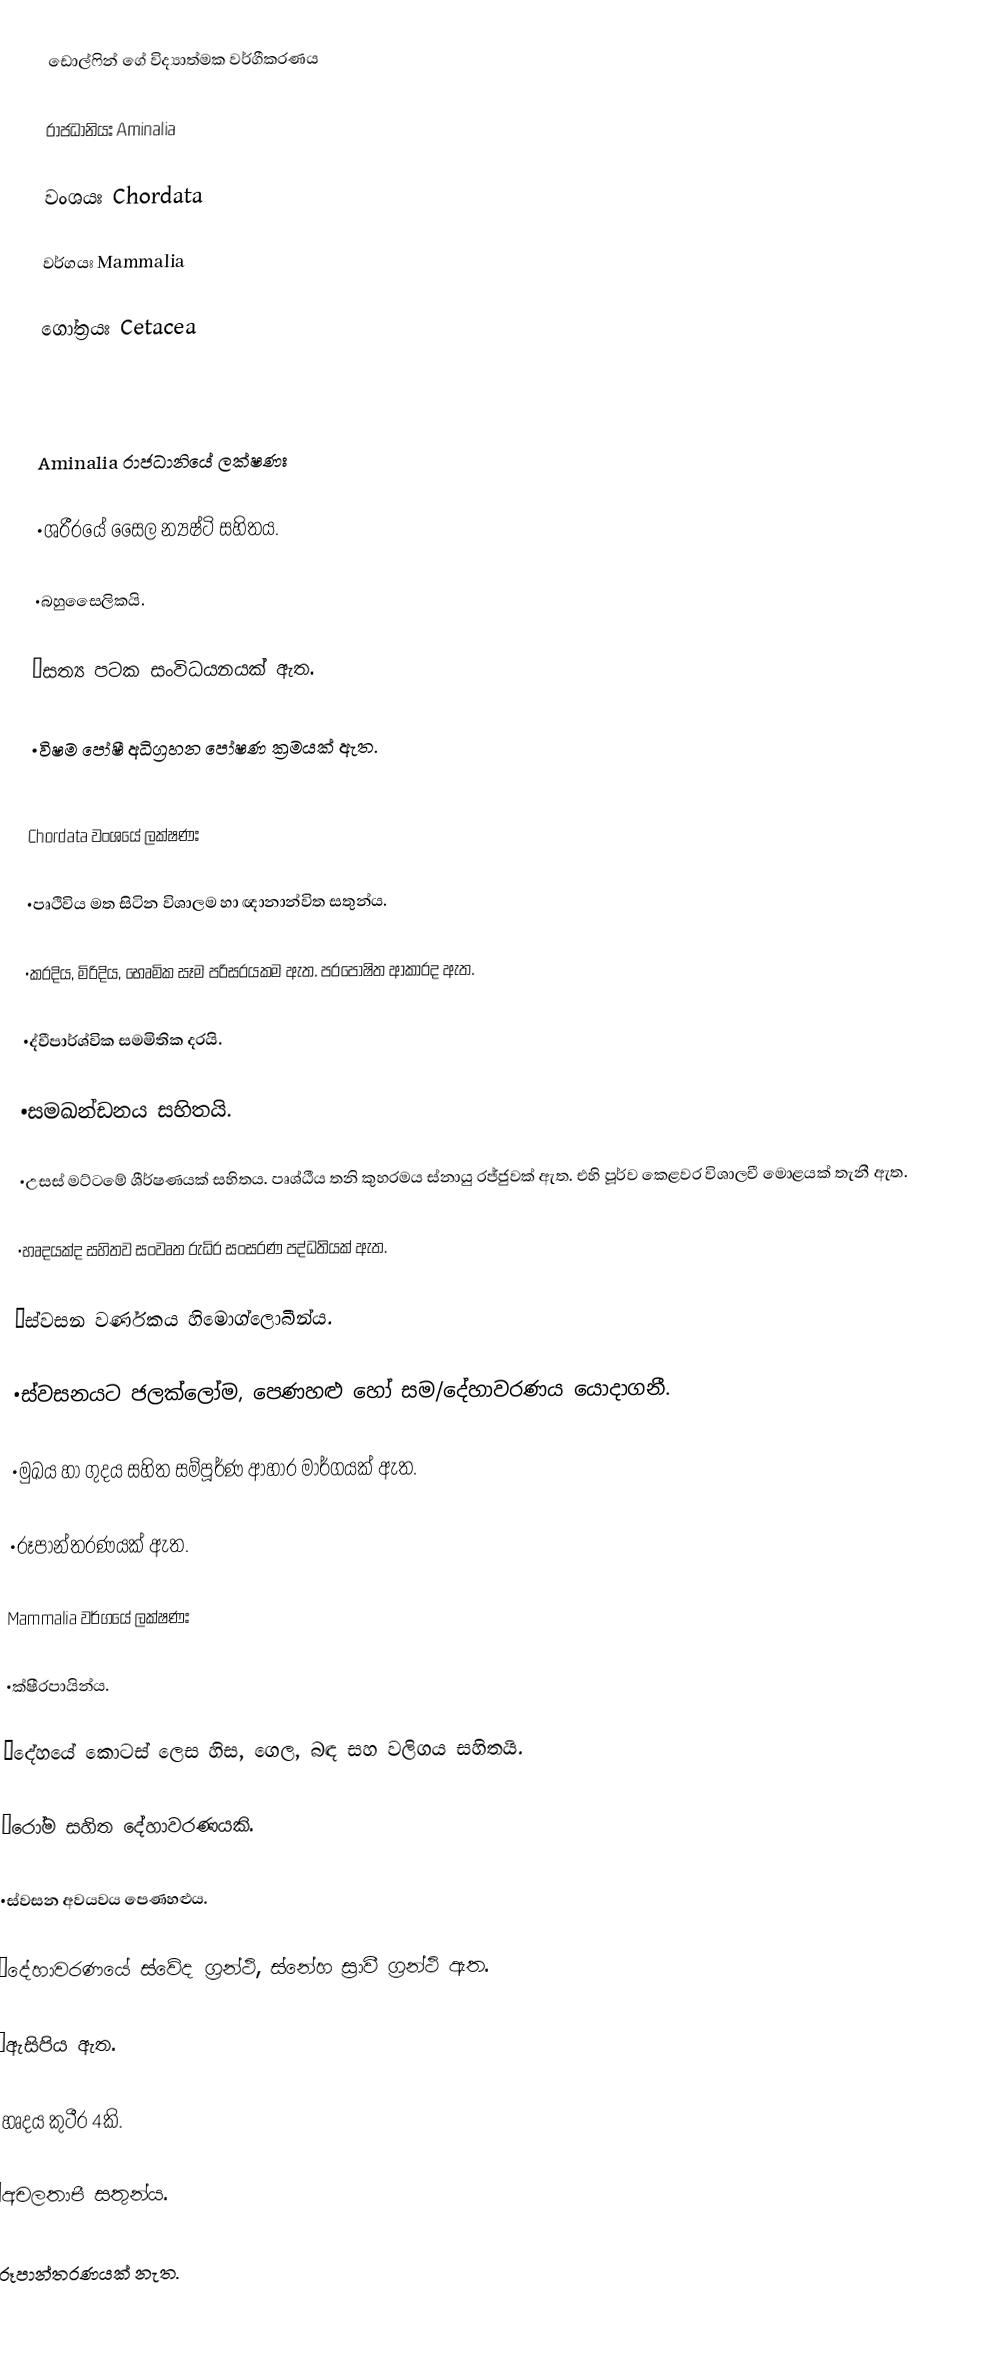
ඩොල්ෆින්‍ ගේ විද්‍යාත්මක වර්ගීකරණය

රාජධානියඃ Aminalia

වංශයඃ Chordata

වර්ගයඃ Mammalia

ගෝත්‍රයඃ Cetacea

Aminalia රාජධානියේ ලක්ෂණඃ

•ශරීරයේ සෛල න්‍යෂ්ටි සහිතය.

•බහුසෛලිකයි.

•සත්‍ය පටක සංවිධයනයක් ඇත.

•විෂම පෝෂී අධිග්‍රහන පෝෂණ ක්‍රමයක් ඇත.

Chordata වංශයේ ලක්ෂණඃ

•පෘථිවිය මත සිටින විශාලම හා ඥානාන්විත සතුන්ය.

•කරදිය, මිරිදිය, භෙෘමික සෑම පරිසරයකම ඇත. පරපෝෂිත ආකාරද ඇත.

•ද්වීපාර්ශ්වික සමමිතික දරයි.

•සමඛන්ඩනය සහිතයි.

•උසස් මට්ටමේ ශීර්ෂණයක් සහිතය. පෘශ්ඨීය තනි කුහරමය ස්නායු රජ්ජුවක් ඇත. එහි පූර්ව කෙළවර විශාලවී මොළයක් තැනී ඇත.

•හෘදයක්ද සහිතව සංවෘත රුධිර සංසරණ පද්ධතියක් ඇත.

•ස්වසන වර්ණකය හිමොග්ලොබීන්ය.

•ස්වසනයට ජලක්ලෝම, පෙණහළු හෝ සම/දේහාවරණය යොදාගනී.

•මුඛය හා ගුදය සහිත සම්පූර්ණ ආහාර මාර්ගයක් ඇත.

•රූපාන්තරණයක් ඇත.

Mammalia වර්ග‍යේ ලක්ෂණඃ

•ක්ෂීරපායින්ය.

•දේහයේ කොටස් ලෙස හිස, ගෙල, බඳ සහ වලිගය සහිතයි.

•රෝම සහිත දේහාවරණයකි.

•ස්වසන අවයවය පෙණහළුය.

•දේහාවරණයේ ස්වේද ග්‍රන්ථි, ස්නේහ ස්‍රාවී ග්‍රන්ථි ඇත.

•ඇසිපිය ඇත.

•හෘදය කුටීර 4කි.

•අචලතාපී සතුන්ය.

•රූපාන්තරණයක් නැත.